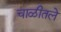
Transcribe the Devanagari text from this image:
चाळीतले